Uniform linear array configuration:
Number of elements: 32
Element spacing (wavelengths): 0.5
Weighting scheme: binomial
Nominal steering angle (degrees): -60
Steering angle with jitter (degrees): -60.757
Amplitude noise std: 0.05
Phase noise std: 0.05

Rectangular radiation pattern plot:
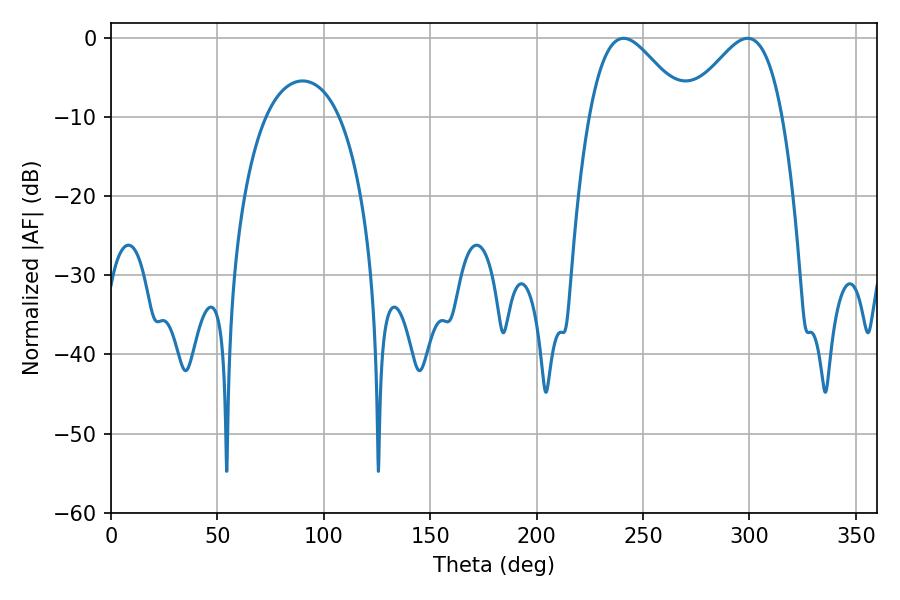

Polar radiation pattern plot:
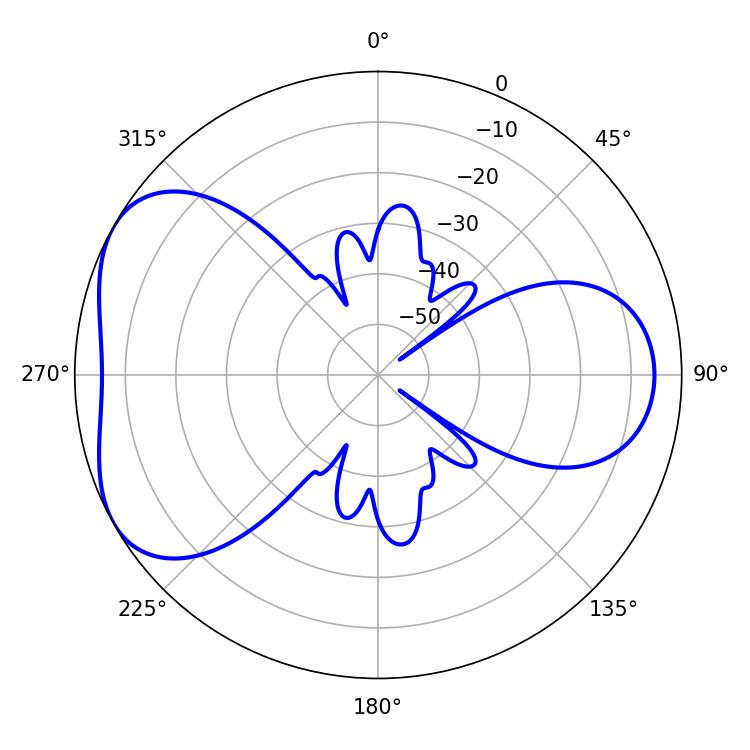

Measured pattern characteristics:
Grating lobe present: FALSE
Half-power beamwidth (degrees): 24.12
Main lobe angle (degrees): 299.16